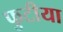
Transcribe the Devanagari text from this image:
फुटीया